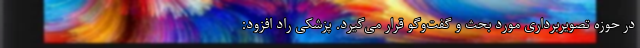
در حوزه تصویربرداری مورد بحث و گفت‌وگو قرار می‌گیرد. پزشکی راد افزود: